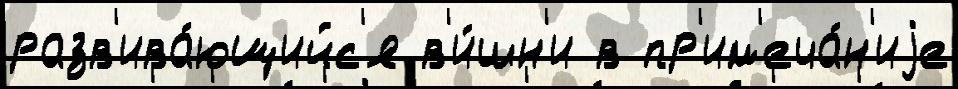
разв'ива́ющийс'я в'и́шн'и в пр'им'еча́н'иjе